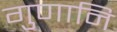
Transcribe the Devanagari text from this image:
गुणानि